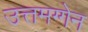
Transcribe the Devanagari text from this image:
उत्तमग्गेन